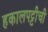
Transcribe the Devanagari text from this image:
हकालपट्टीची